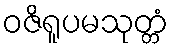
ဝဇိရူပမသုတ္တံ